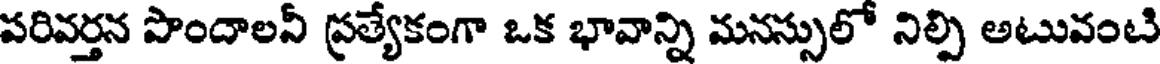
పరివర్తన పొందాలనీ ప్రత్యేకంగా ఒక భావాన్ని మనస్సులో నిల్పి అటువంటి